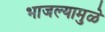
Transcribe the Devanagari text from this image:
भाजल्यामुळे